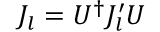
J _ { l } = U ^ { \dagger } J _ { l } ^ { \prime } U